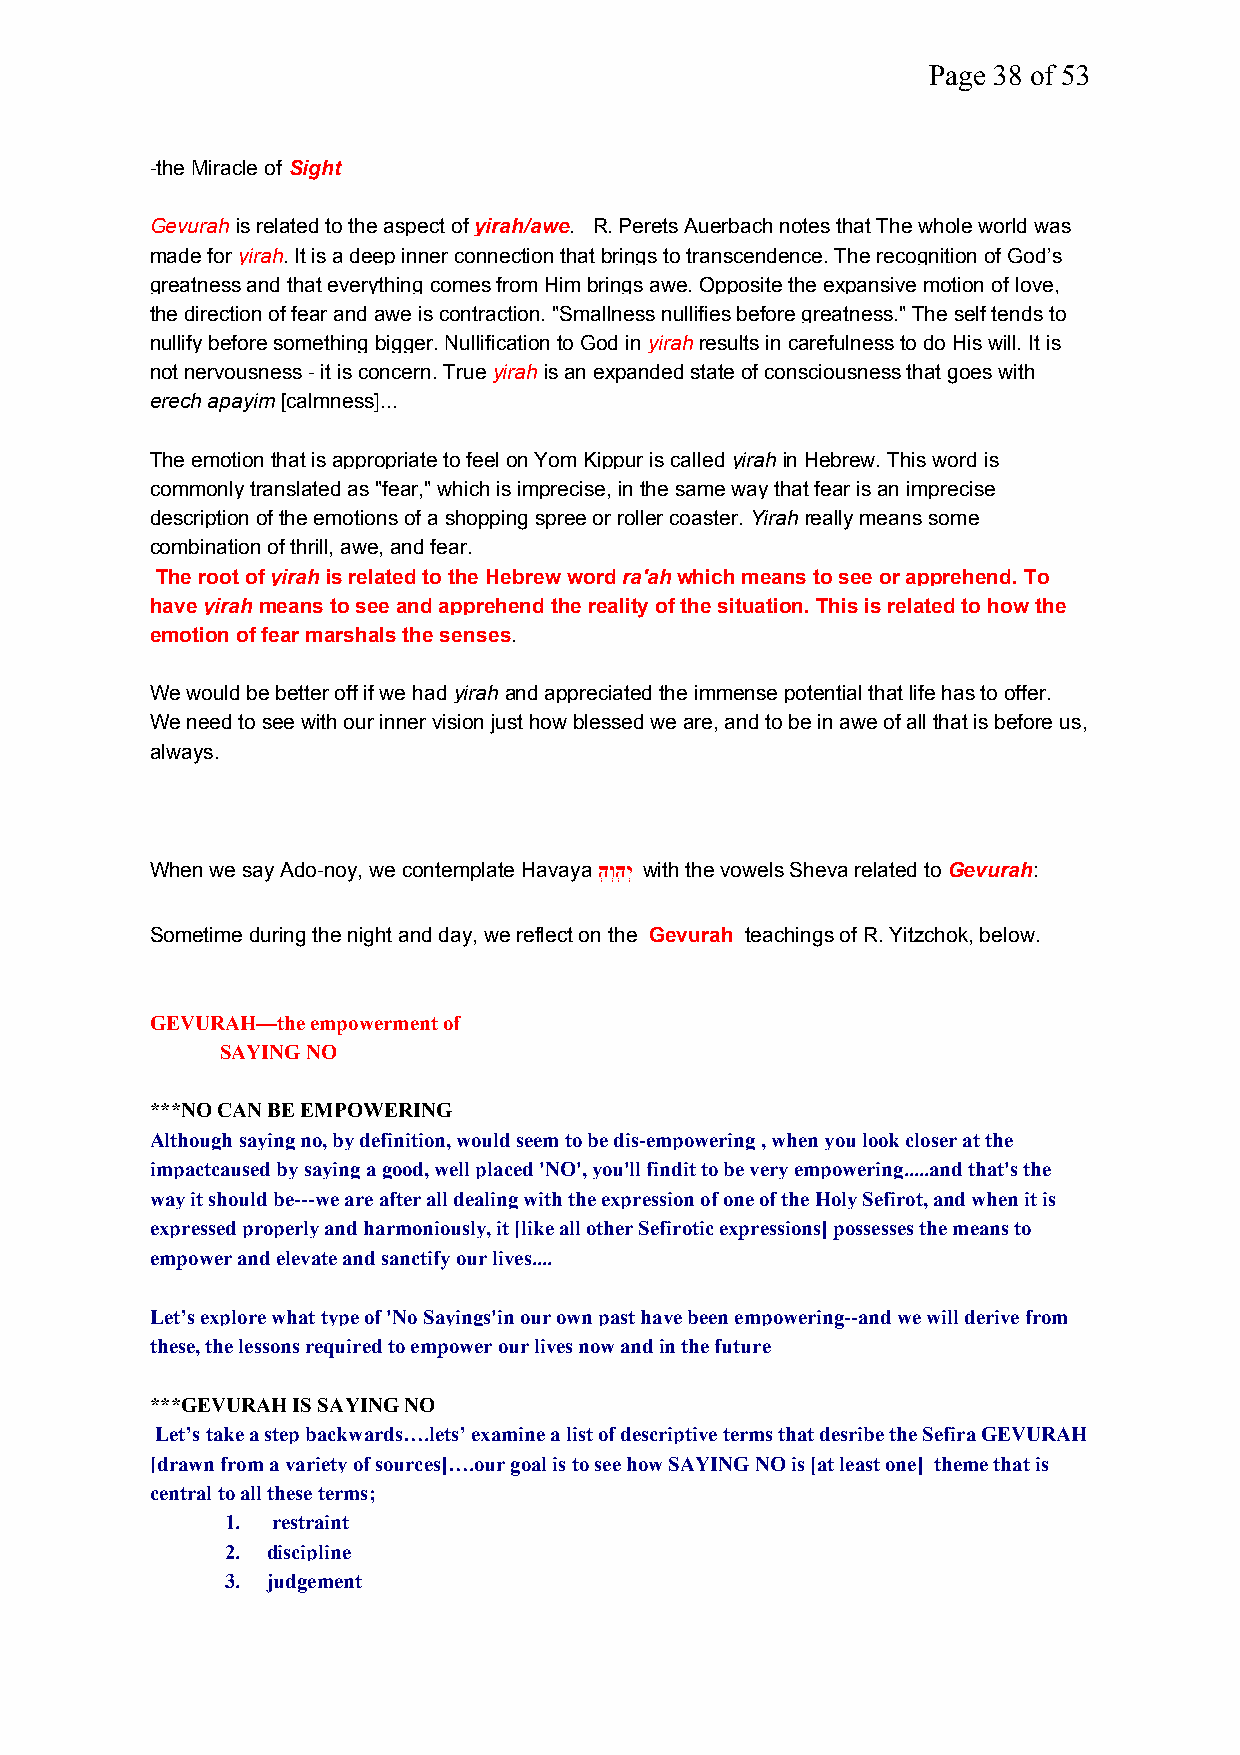
Page 38 of 53
 -the Miracle of Sight
 Gevurahis related to the aspect ofyirah/awe. R. Perets Auerbach notes that The whole world was
 made foryirah. It is a deep inner connection that brings to transcendence. The recognition of God’s
 greatness and that everything comes from Him brings awe. Opposite the expansive motion of love,
 the direction of fear and awe is contraction. "Smallness nullifies before greatness." The self tends to
 nullify before something bigger. Nullification to God inyirahresults in carefulness to do His will. It is
 not nervousness - it is concern. Trueyirahis an expanded state of consciousness that goes with
 erech apayim[calmness]...
 The emotion that is appropriate to feel on Yom Kippur is called yirahin Hebrew. This word is
 commonly translated as "fear," which is imprecise, in the same way that fear is an imprecise
 description of the emotions of a shopping spree or roller coaster.Yirahreally means some
 combination of thrill, awe, and fear.
 The root ofyirahis related to the Hebrew wordra'ahwhich means to see or apprehend. To
 haveyirahmeans to see and apprehend the reality of the situation. This is related to how the
 emotion of fear marshals the senses.
 We would be better off if we hadyirahand appreciated the immense potential that life has to offer.
 We need to see with our inner vision just how blessed we are, and to be in awe of all that is before us,
 always.
 When we say Ado-noy, we contemplate Havayaהְוְהְיְ with the vowels Sheva related toGevurah:
 Sometime during the night and day, we reflect on the Gevurah teachings of R. Yitzchok, below.
 GEVURAH—the empowerment of
 SAYING NO
 ***NO CAN BE EMPOWERING
 Although saying no, by definition, would seem to be dis-empowering , when you look closer at the
 impactcaused by saying a good, well placed 'NO', you'll findit to be very empowering.....and that's the
 way it should be---we are after all dealing with the expression of one of the Holy Sefirot, and when it is
 expressed properly and harmoniously, it [like all other Sefirotic expressions] possesses the means to
 empower and elevate and sanctify our lives....
 Let’s explore what type of 'No Sayings'in our own past have been empowering--and we will derive from
 these, the lessons required to empower our lives now and in the future
 ***GEVURAH IS SAYING NO
 Let’s take a step backwards….lets’ examine a list of descriptive terms that desribe the Sefira GEVURAH
 [drawn from a variety of sources]….our goal is to see how SAYING NO is [at least one] theme that is
 central to all these terms;
 1. restraint
 2. discipline
 3. judgement